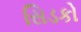
સિડકો